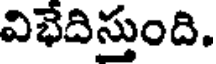
విభేదిస్తుంది.